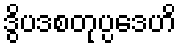
ဒွိပဒစတုပ္ပဒေဟိ